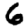
Digit: 6